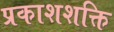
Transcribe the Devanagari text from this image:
प्रकाशशक्ति